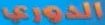
الدوري